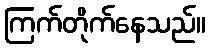
ကြက်တိုက်နေသည်။